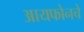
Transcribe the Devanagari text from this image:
आयफोनचे